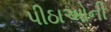
પીઠાઓની